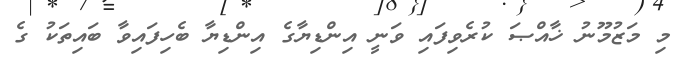
މި މަޒުމޫނު ޚާއްޞަ ކުރެވިފައި ވަނީ އިންޑިޔާގެ އިންޑިޔާ ބެހިފައިވާ ބައިތަކު ގެ